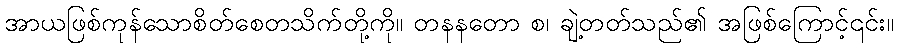
အာယဖြစ်ကုန်သောစိတ်စေတသိက်တို့ကို။ တနနတော စ၊ ချဲ့တတ်သည်၏ အဖြစ်ကြောင့်၎င်း။